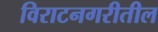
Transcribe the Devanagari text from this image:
विराटनगरीतील